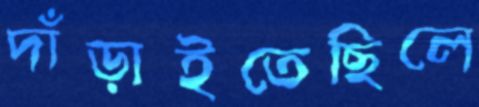
দাঁড়াইতেছিলে